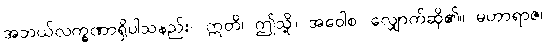
အဘယ်လက္ခဏာရှိပါသနည်း။ ဣတိ၊ ဤသို့။ အဝေါစ၊ လျှောက်ဆို၏။ မဟာရာဇ၊